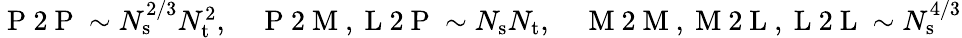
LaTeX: \begin{array}{r}{\mathrm{~P~2~P~}\sim N_{\mathrm{s}}^{2/3}N_{\mathrm{t}}^{2},\quad\mathrm{~P~2~M~,~L~2~P~}\sim N_{\mathrm{s}}N_{\mathrm{t}},\quad\mathrm{~M~2~M~,~M~2~L~,~L~2~L~}\sim N_{\mathrm{s}}^{4/3}}\end{array}